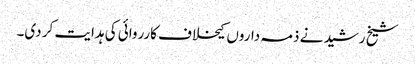
شیخ رشید نے ذمہ داروں کیخلاف کارروائی کی ہدایت کر دی۔